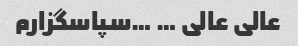
عالی عالی … …سپاسگزارم